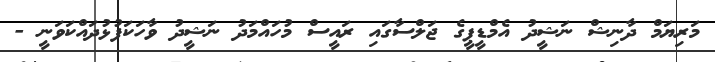
މަރިޔަމް ދާނިޝް ނަޝީދު އެމްޑީޕީގެ ޖަލްސާގައި ރައީސް މުހައްމަދު ނަޝީދު ވާހަކަފުޅުދައްކަވަނީ -